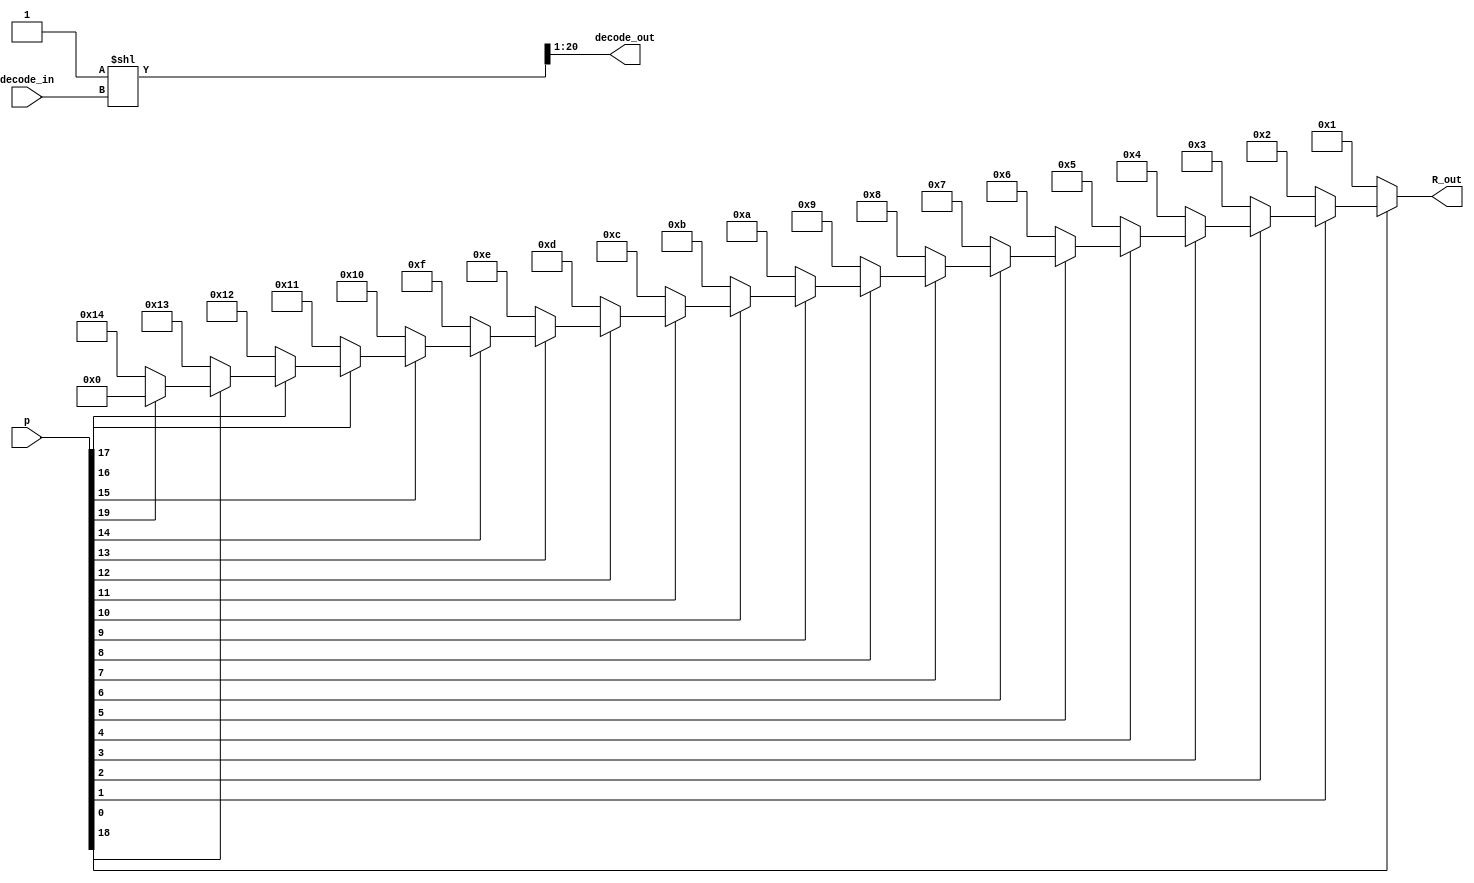
module Find_first_zero(
  input wire [19:0] p,
	input wire [4:0] decode_in,
  output wire [4:0] R_out,
	output wire [19:0] decode_out);
  reg [4:0] r;
  reg [20:0] selector;
	
 always @ (p) begin
	r= 5'd0;
  if (~p[0])       r = 1;
  else if (~p[1])  r = 2;
  else if (~p[2])  r = 3;
  else if (~p[3])  r = 4;
  else if (~p[4])  r = 5;
  else if (~p[5])  r = 6;
  else if (~p[6])  r = 7;
  else if (~p[7])  r = 8;
  else if (~p[8])  r = 9;
  else if (~p[9])  r = 10;
  else if (~p[10]) r = 11;
  else if (~p[11]) r = 12;
  else if (~p[12]) r = 13;
  else if (~p[13]) r = 14;
  else if (~p[14]) r = 15;
	else if (~p[15]) r = 16;
  else if (~p[16]) r = 17;
  else if (~p[17]) r = 18;
  else if (~p[18]) r = 19;
  else if (~p[19]) r = 20;
 end
 
always @ (decode_in) begin
 selector = 21'd1 << decode_in;
end
 
assign R_out = r;
assign decode_out = selector[20:1];
 
 endmodule